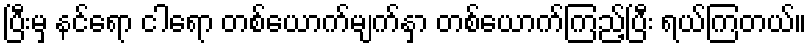
ပြီးမှ နင်ရော ငါရော တစ်ယောက်မျက်နှာ တစ်ယောက်ကြည့်ပြီး ရယ်ကြတယ်။